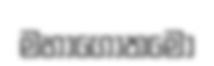
මහාගොතමො